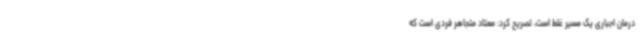
درمان اجباری یک مسیر غلط است، تصریح کرد: معتاد متجاهر فردی است که